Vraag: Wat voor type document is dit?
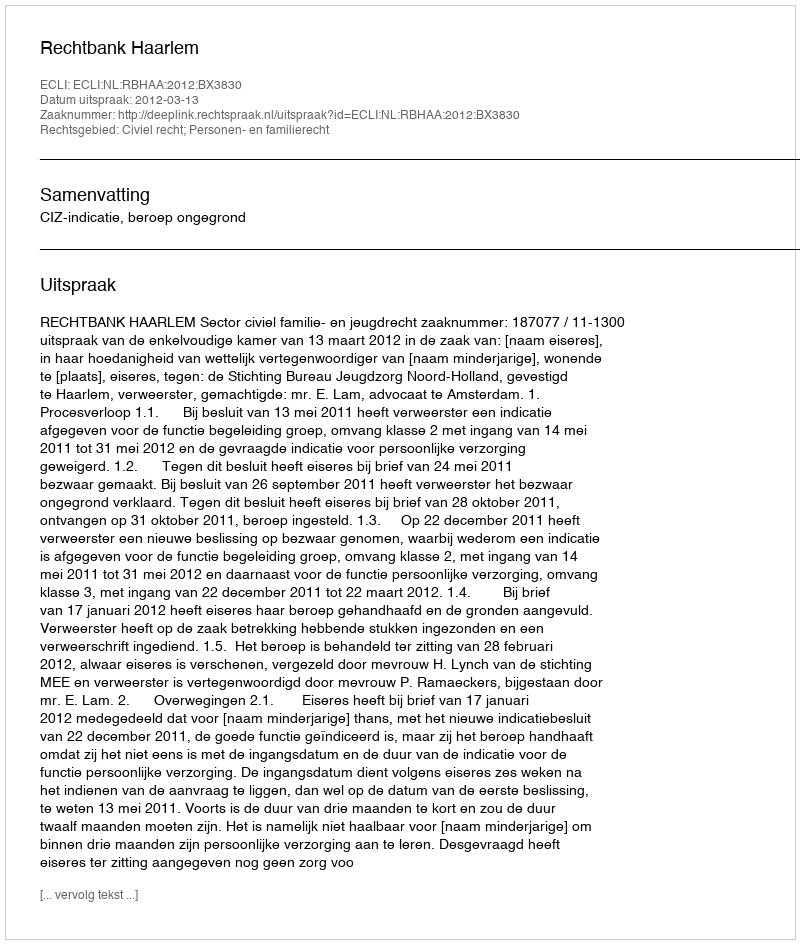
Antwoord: Uitspraak